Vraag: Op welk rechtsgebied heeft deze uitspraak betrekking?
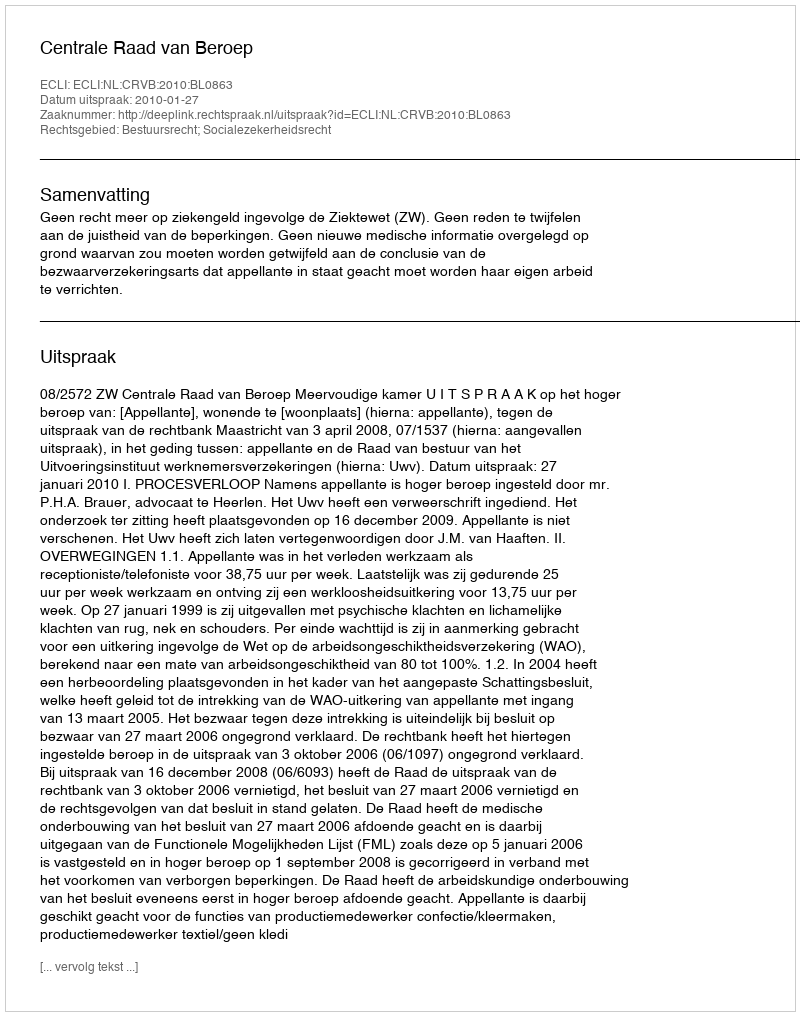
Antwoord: Bestuursrecht; Socialezekerheidsrecht